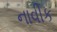
નાવીક